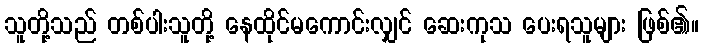
သူတို့သည် တစ်ပါးသူတို့ နေထိုင်မကောင်းလျှင် ဆေးကုသ ပေးရသူများ ဖြစ်၏။